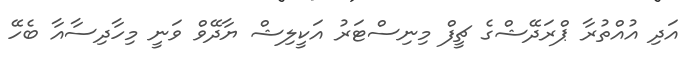
އަދި އުއްތުރާ ޕްރަދޭޝްގެ ޗީފް މިނިސްޓަރު އަކީލިޝް ޔާދޭވް ވަނީ މިހާދިސާއާ ބެހޭ